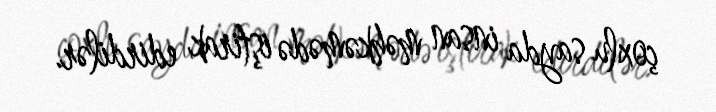
çoxlu sayda insan məhkəmədə iştirak edirdilər.